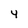
Character: 4